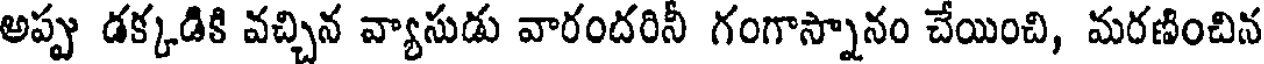
అప్పు డక్కడికి వచ్చిన వ్యాసుడు వారందరినీ గంగాస్నానం చేయించి, మరణించిన